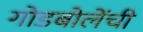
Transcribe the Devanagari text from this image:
गोडबोलेंची